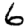
Digit: 6